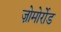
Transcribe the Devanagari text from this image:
ज़ोमोर्रोड